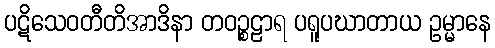
ပဋိသေဝတီတိအာဒိနာ တဝဉ္စဠာရ ပရူပဃာတာယ ဥမ္မာနေ